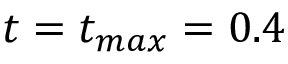
t = t _ { m a x } = 0 . 4